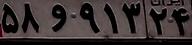
۵۸و۹۱۳۲۴